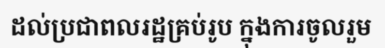
ដល់ប្រជាពលរដ្ឋគ្រប់រូប ក្នុងការចូលរួម